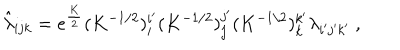
\hat { \lambda } _ { i j k } = e ^ { \frac { K } { 2 } } ( K ^ { - 1 / 2 } ) _ { i } ^ { i ^ { \prime } } ( K ^ { - 1 / 2 } ) _ { j } ^ { j ^ { \prime } } ( K ^ { - 1 / 2 } ) _ { k } ^ { k ^ { \prime } } \lambda _ { i ^ { \prime } j ^ { \prime } k ^ { \prime } } \ ,